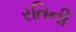
રતિની